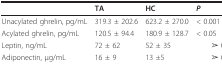
|  | TA | HC | P |
 | --- | --- | --- | --- |
 | Unacylated ghrelin, pg/mL | 319.3 ± 202.6 | 623.2 ± 270.0 | < 0.001 |
 | Acylated ghrelin, pg/mL | 120.5 ± 94.4 | 180.9 ± 128.7 | < 0.05 |
 | Leptin, ng/mL | 72 ± 62 | 52 ± 35 | ➢ 0.05 |
 | Adiponectin, μg/mL | 16 ± 9 | 13 ±5 | ➢ 0.05 |